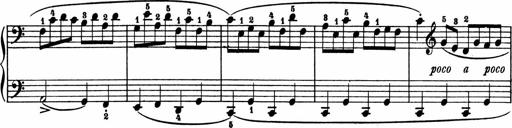
Title: 2 Sonatinen
Composer: Lambertus Adrianus van Tetterode